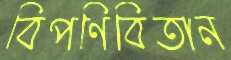
বিপণিবিতান